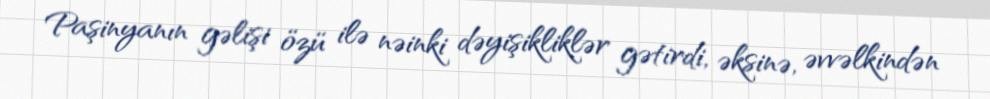
Paşinyanın gəlişi özü ilə nəinki dəyişikliklər gətirdi, əksinə, əvvəlkindən